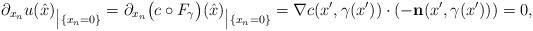
LaTeX: \begin{align*}\partial_{x_n}u(\hat{x})_{\big|\{x_n=0\}} = \partial_{x_n}\big(c \circ F_\gamma\big)(\hat{x})_{\big|\{x_n=0\}} = \nabla c(x^\prime,\gamma(x^\prime))\cdot(-\mathbf{n}(x^\prime,\gamma(x^\prime))) = 0,\end{align*}